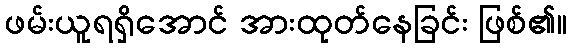
ဖမ်းယူရရှိအောင် အားထုတ်နေခြင်း ဖြစ်၏။